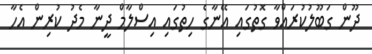
ދޫން ގަބޫލުކުރައްވާ ގޮތުގައި އޭނާގެ ހިތުގައި އިސްލާމް ދީނާ މެދު ކުރިން އެހާ